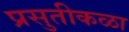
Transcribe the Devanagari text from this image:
प्रसुतीकळा